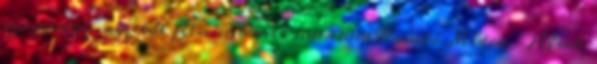
szuperagy, amitől félnünk kell 2011-2018 Komló Média - Hírek,